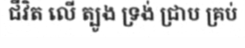
ជីវិត លើ ត្បូង ទ្រង់ ជ្រាប គ្រប់